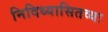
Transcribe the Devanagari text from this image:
निदिध्यासितव्यः